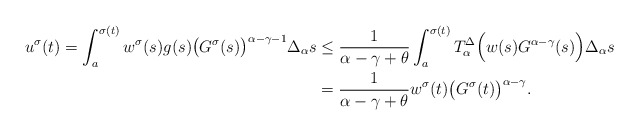
\begin{align*}u^\sigma(t) =\int_{a}^{\sigma(t)}w^\sigma(s)g(s)\big(G^\sigma(s)\big)^{\alpha-\gamma-1}\Delta_\alpha s&\leq\frac{1}{\alpha-\gamma+\theta}\int_{a}^{\sigma(t)} T_{\alpha}^{\Delta} \Big(w(s)G^{\alpha-\gamma}(s)\Big)\Delta_{\alpha} s\\&=\frac{1}{\alpha-\gamma+\theta}w^\sigma(t)\big(G^\sigma(t)\big)^{\alpha-\gamma}.\end{align*}